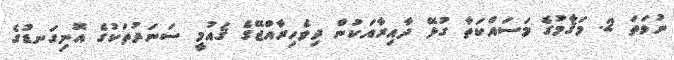
ނުވަތަ 2. މަޤާމުގެ މަސައްކަތާ ގުޅޭ ދާއިރާއަކުން ދިވެހިރާއްޖޭގެ ޤައުމީ ސަނަދުތަކުގެ އޮނިގަނޑުގެ